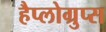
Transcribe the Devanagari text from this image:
हैप्लोग्रुप्स